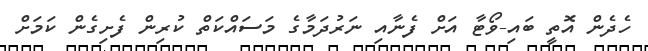
ހެދެން އޮތީ ބައި-ވޯޓާ އަށް ފެނާއި ނަރުދަމާގެ މަސައްކަތް ކުރިން ފެށިގެން ކަމަށް